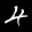
Label: 4